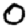
Digit: 0